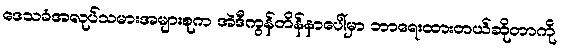
ဒေသခံအလုပ်သမားအများစုက အဲဒီကွန်တိန်နာပေါ်မှာ ဘာရေးထားတယ်ဆိုတာကို